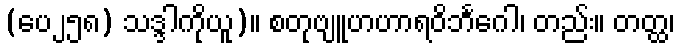
(ပေ၂၅၈) သဒ္ဒါကိုယူ)။ စတုဗျူဟဟာရဝိဘင်္ဂေါ၊ တည်း။ တတ္ထ၊